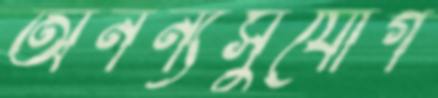
অনন্যসুযোগ